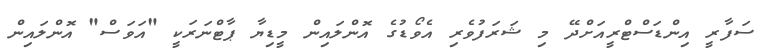
ސަފާރީ އިންޑަސްޓްރީއަށްދޭ މި ޝަރަފުވެރި އެވޯޑުގެ އޮންލައިން މީޑިޔާ ޕާޓްނަރަކީ "އަވަސް" އޮންލައިން